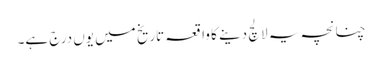
چنانچہ یہ لالچ دینے کا واقعہ تاریخ میں یوں درج ہے۔